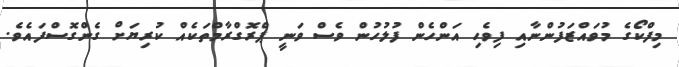
މިފްކޯގެ މުވައްޒަފުންނާއި ފިވެހި އަންހެން ފުލުހުން ވެސް ވަނީ ޕްރޮގްރާމްތަކެއް ކުރިޔަށް ގެންގޮސްފައެވެ.